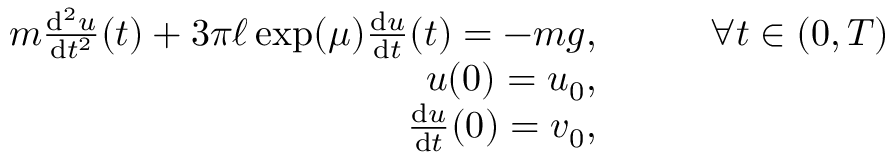
\begin{array} { r l } { m \frac { \mathrm { d } ^ { 2 } u } { \mathrm { d } t ^ { 2 } } ( t ) + 3 \pi \ell \exp ( \mu ) \frac { \mathrm { d } u } { \mathrm { d } t } ( t ) = - m g , } & { \qquad \forall t \in ( 0 , T ) } \\ { u ( 0 ) = u _ { 0 } , } & { } \\ { \frac { \mathrm { d } u } { \mathrm { d } t } ( 0 ) = v _ { 0 } , } & { } \end{array}